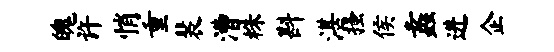
魄许悄重裴漕株斟湛搔侯蠡进企